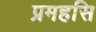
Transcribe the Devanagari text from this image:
प्रमहसि